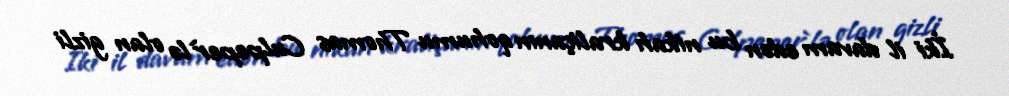
İki il davam edən bu nikah kraliçanın qohumu Thomas Culpeper`lə olan gizli